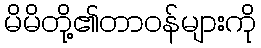
မိမိတို့၏တာဝန်များကို